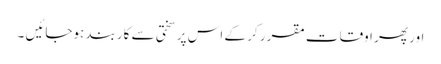
اور پھر اوقات مقرر کر کے اس پر سختی سے کاربند ہوجائیں ۔